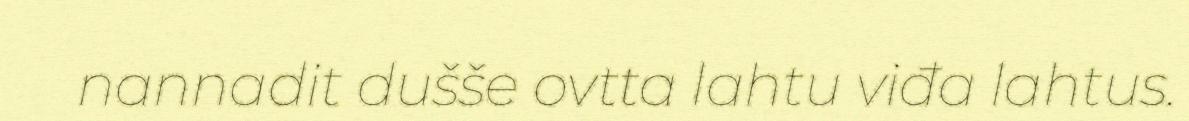
nannadit dušše ovtta lahtu viđa lahtus.